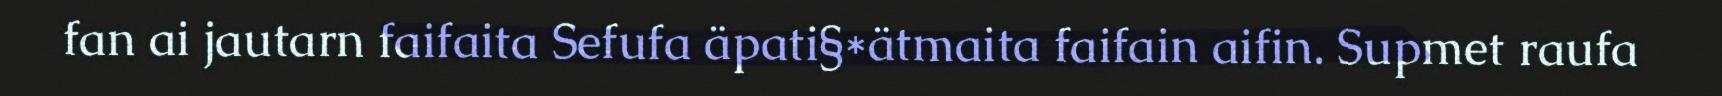
fan ai jautarn faifaita Sefufa äpati§*ätmaita faifain aifin. Supmet raufa